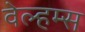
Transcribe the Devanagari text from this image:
वेल्हम्स